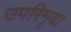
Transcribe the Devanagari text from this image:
उपरिमृदा